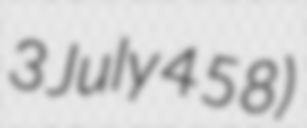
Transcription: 3 July 458)